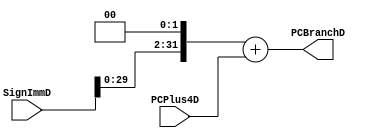
module PC_Beq(SignImmD,PCPlus4D,PCBranchD);

input [31:0] SignImmD,PCPlus4D;
output wire [31:0] PCBranchD;

assign PCBranchD = (SignImmD<<2)+PCPlus4D;

/*always @ ( * )
begin
	PCBranchD <= (SignImmD<<2)+PCPlus4D;
end*/

endmodule